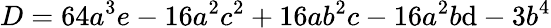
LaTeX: D=64a^{3}e-16a^{2}c^{2}+16ab^{2}c-16a^{2}b\mathrm{d}-3b^{4}